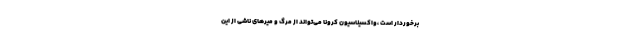
برخوردار است ،واکسیناسیون کرونا می‌تواند از مرگ و میرهای ناشی از این